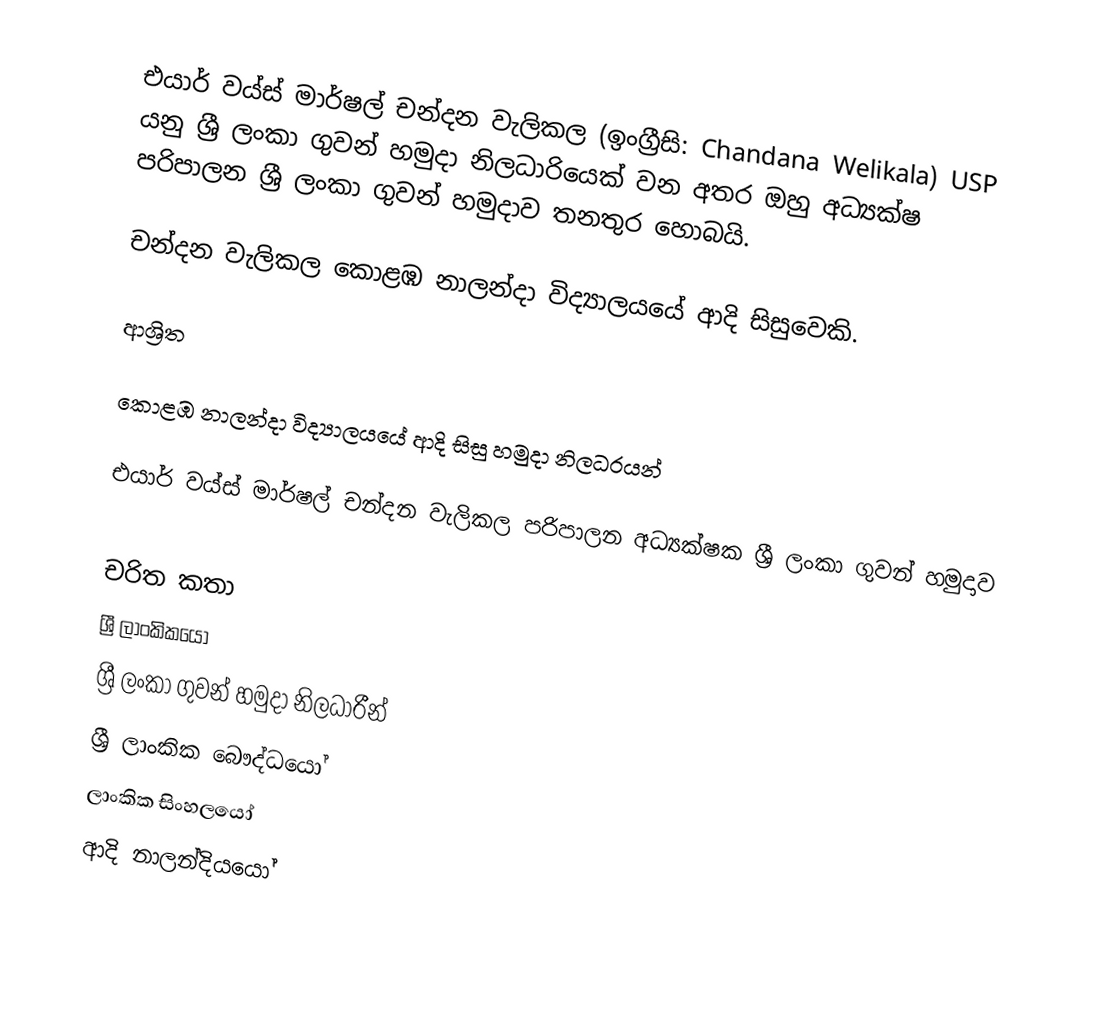
එයාර් වය්ස් මාර්ෂල් චන්දන වැලිකල (ඉංග්‍රීසි: Chandana Welikala) USP යනු  ශ්‍රී ලංකා ගුවන් හමුදා නිලධාරියෙක් වන අතර ඔහු අධ්‍යක්ෂ පරිපාලන ශ්‍රී ලංකා ගුවන් හමුදාව තනතුර හොබයි.

චන්දන වැලිකල  කොළඹ නාලන්දා විද්‍යාලයයේ ආදි සිසුවෙකි.

ආශ්‍රිත

කොළඹ නාලන්දා විද්‍යාලයයේ ආදි සිසු හමුදා නිලධරයන්

 එයාර් වය්ස් මාර්ෂල් චන්දන වැලිකල  පරිපාලන අධ්‍යක්ෂක ශ්‍රී ලංකා ගුවන් හමුදාව

චරිත කතා
ශ්‍රී ලාංකිකයෝ
ශ්‍රී ලංකා ගුවන් හමුදා නිලධාරීන්
ශ්‍රී ලාංකික බෞද්ධයෝ
ලාංකික සිංහලයෝ
ආදි නාලන්දියයෝ